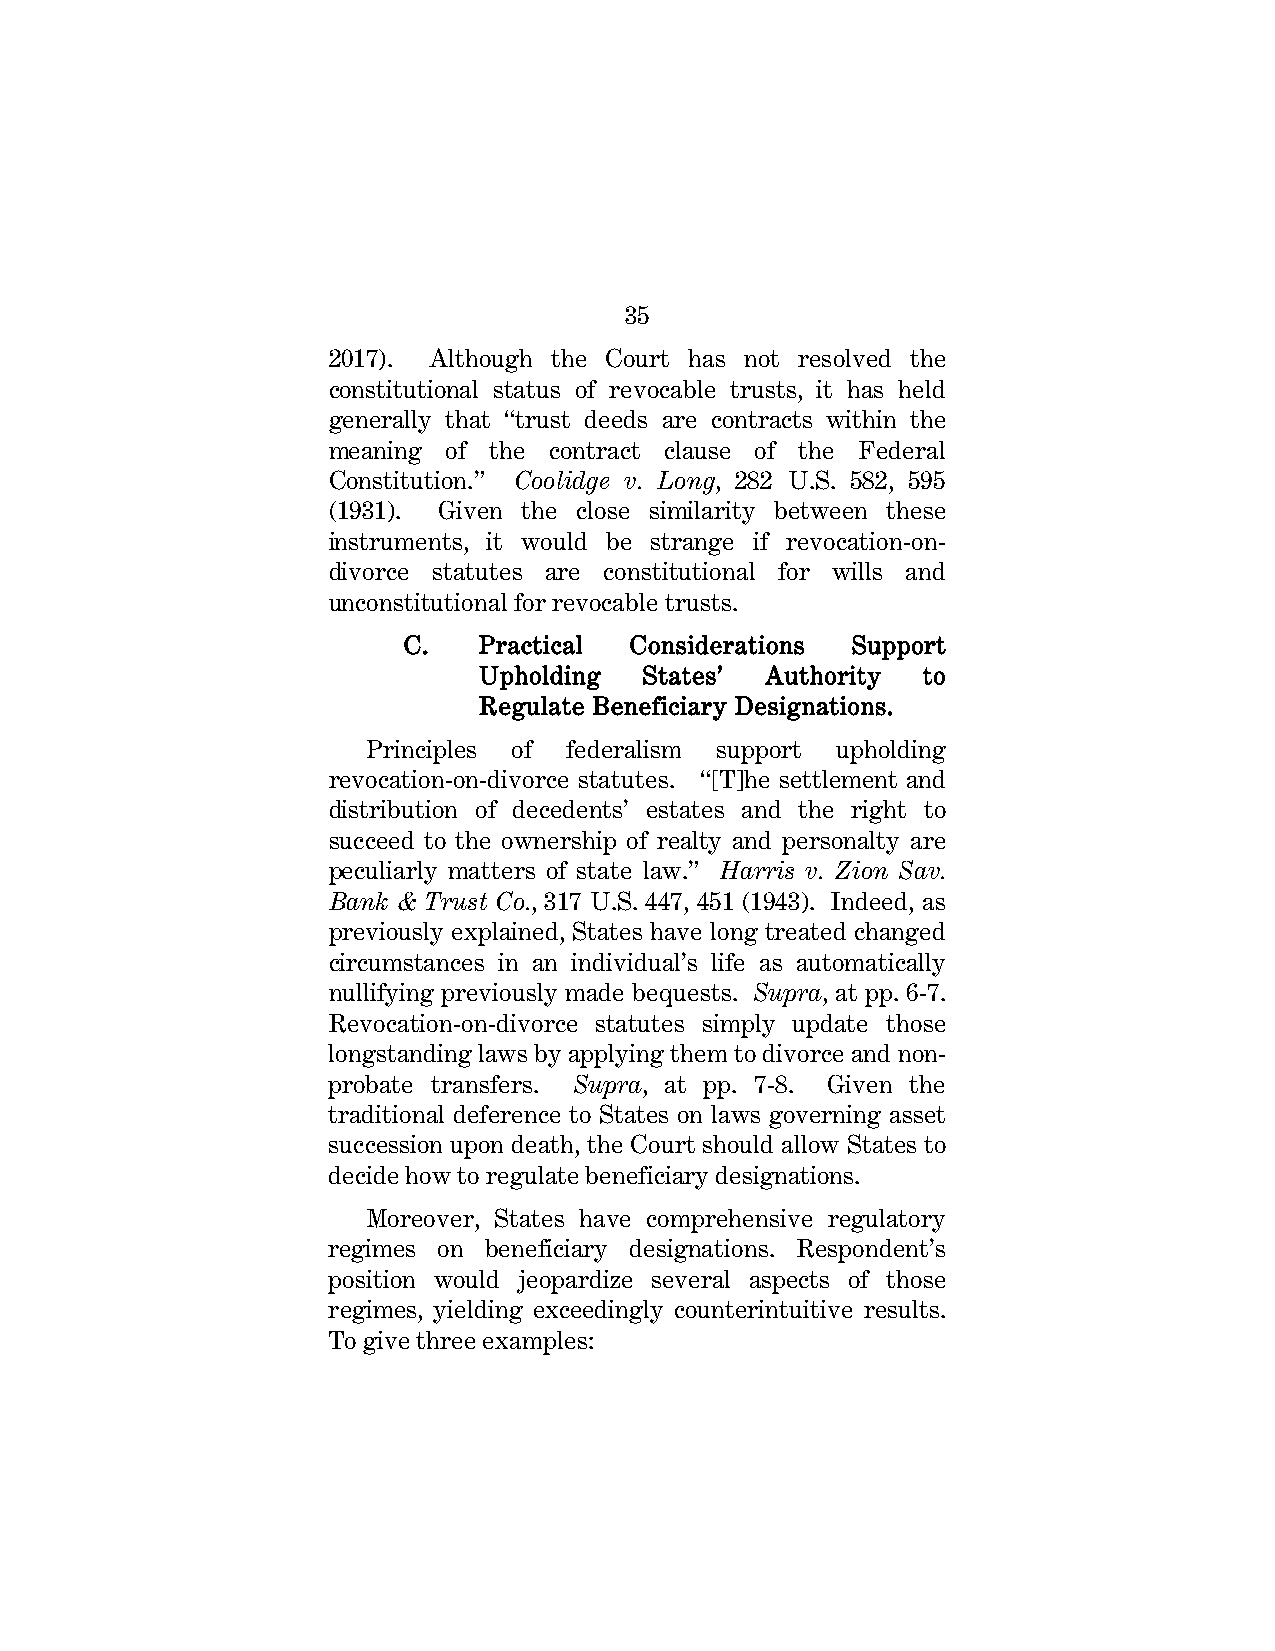
35
 2017). Although the Court has not resolved the
 constitutional status of revocable trusts, it has held
 generally that “trust deeds are contracts within the
 meaning of the contract clause of the Federal
 Constitution.” Coolidge v. Long, 282 U.S. 582, 595
 (1931). Given the close similarity between these
 instruments, it would be strange if revocation-on-
 divorce statutes are constitutional for wills and
 unconstitutional for revocable trusts.
 C.   Practical Considerations Support
 Upholding  States’ Authority to
 Regulate Beneficiary Designations.
 Principles of federalism support upholding
 revocation-on-divorce statutes. “[T]he settlement and
 distribution of decedents’ estates and the right to
 succeed to the ownership of realty and personalty are
 peculiarly matters of state law.” Harris v. Zion Sav.
 Bank & Trust Co., 317 U.S. 447, 451 (1943). Indeed, as
 previously explained, States have long treated changed
 circumstances in an individual’s life as automatically
 nullifying previously made bequests. Supra, at pp. 6-7.
 Revocation-on-divorce statutes simply update those
 longstanding laws by applying them to divorce and non-
 probate transfers. Supra, at pp. 7-8. Given the
 traditional deference to States on laws governing asset
 succession upon death, the Court should allow States to
 decide how to regulate beneficiary designations.
 Moreover, States have comprehensive regulatory
 regimes on beneficiary designations. Respondent’s
 position would jeopardize several aspects of those
 regimes, yielding exceedingly counterintuitive results.
 To give three examples: